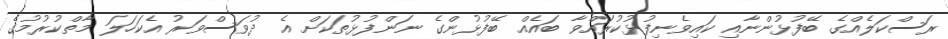
ރަސްކަލެއްގެ ބޭފުޅުންނާއި ކައިވެނިފުޅުކުރައްވާ ބައެއް ބޭފުޅުންގެ ނަންފުޅުތަކަށް އެ ދުވަސްވަރު އެކަހަލަ މާތްކުރުމުގެ